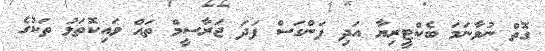
ގޮތް ނުވާނަމަ ބެކްޓީރިޔާ އަދި ފަންގަސް ފަދަ ޖަރާސީމް ތައް ވައިކޮތަޅު ތަކުގެ